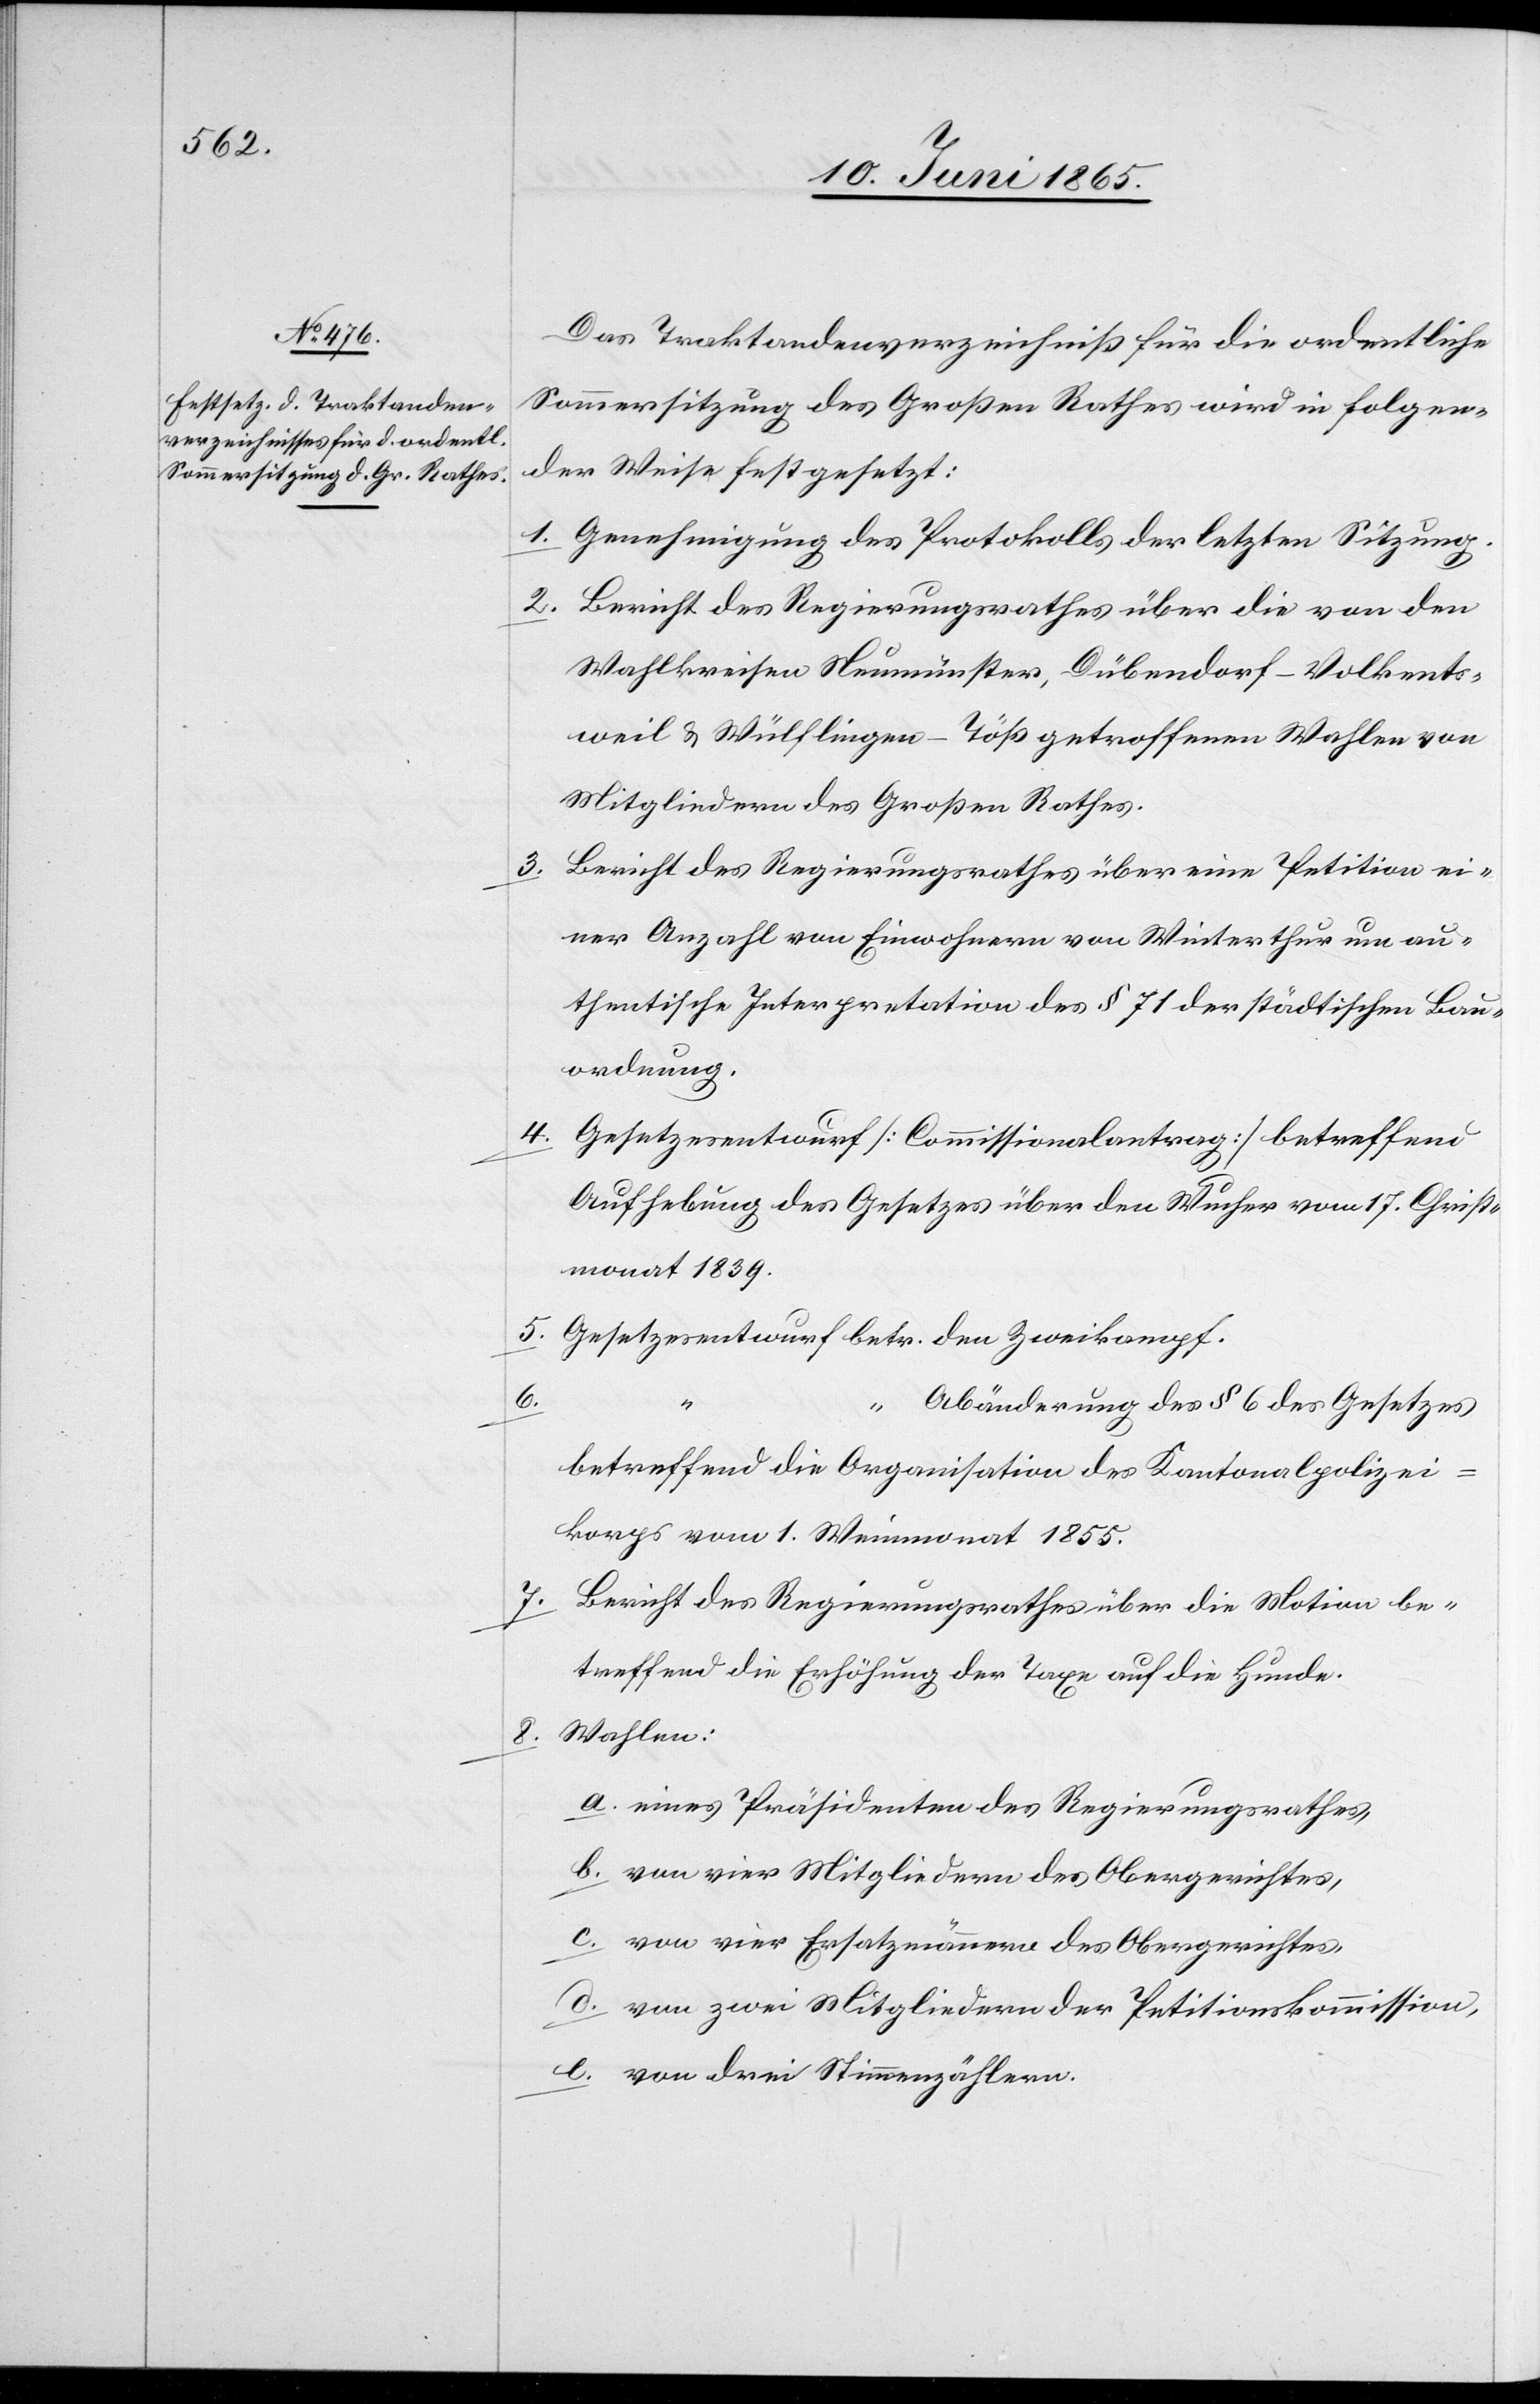
Das Traktandenverzeichniß für die ordentliche
Sommersitzung des Großen Rathes wird in folgen¬
der Weise festgesetzt:
1. Genehmigung des Protokolls der letzten Sitzung.
2. Bericht des Regierungsrathes über die von den
Wahlkreisen Neumünster, Dübendorf-Volkents¬
weil & Wülflingen-Töß getroffenen Wahlen von
Mitgliedern des Großen Rathes.
3. Bericht des Regierungsrathes über eine Petition ei¬
ner Anzahl von Einwohnern von Winterthur um au¬
thentische Interpretation des § 71 der städtischen Bau¬
ordnung.
4. Gesetzesentwurf [Commissionalantrag] betreffend
Aufhebung des Gesetzes über den Wucher vom 17. Christ¬
monat 1839.
5. Gesetzesentwurf betr. den Zweikampf.
6.
Abänderung des § 6 des Gesetzes
betreffend die Organisation des Kantonalpolizei¬
korps vom 1. Weinmonat 1855.
7. Bericht des Regierungsrathes über die Motion be¬
treffend die Erhöhung der Taxe auf die Hunde.
8. Wahlen:
a. eines Präsidenten des Regierungsrathes,
b. von vier Mitgliedern des Obergerichtes,
c. von vier Ersatzmännern des Obergerichtes,
d. von zwei Mitgliedern der Petitionskommission,
e. von drei Stimmenzählern.